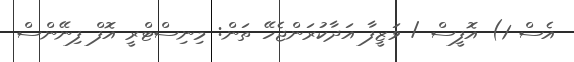
އެސް 1) އޮފީސް / ވަޒީފާ އަދާކުރަންޖެހޭ ތަން: މިނިސްޓްރީ އޮފް ފިނޭންސް